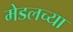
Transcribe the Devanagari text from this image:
मेडलच्या